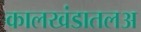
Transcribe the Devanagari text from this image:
कालखंडातलअ